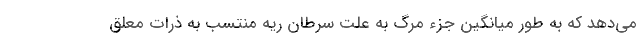
می‌دهد که به طور میانگین جزء مرگ به علت سرطان ریه منتسب به ذرات معلق